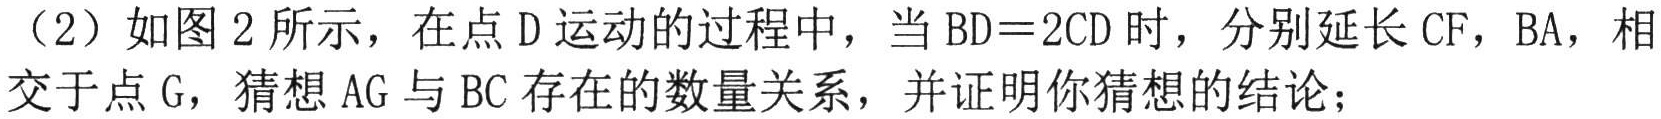
（2）如图2所示，在点D运动的过程中，当$BD = 2CD$时，分别延长$CF$，$BA$，相交于点G，猜想$AG$与$BC$存在的数量关系，并证明你猜想的结论；